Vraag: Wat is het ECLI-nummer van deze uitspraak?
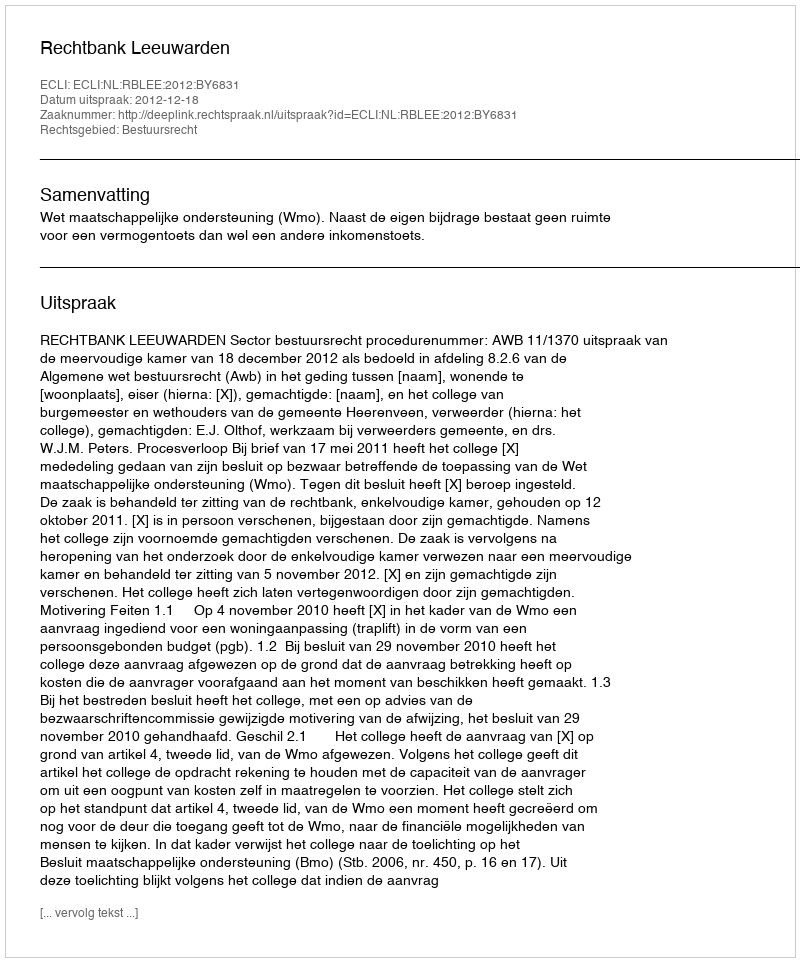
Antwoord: ECLI:NL:RBLEE:2012:BY6831